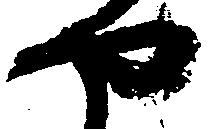
や